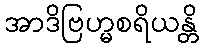
အာဒိဗြဟ္မစရိယန္တိ